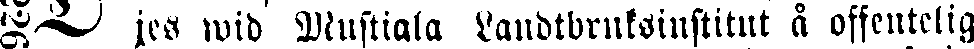
# jes wid Mustiala Landtbruksinstitut å offentelig